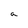
Character: a